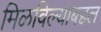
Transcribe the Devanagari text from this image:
मिळविल्याबद्दल